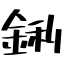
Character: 鋓